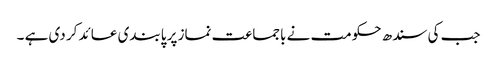
جب کی سندھ حکومت نے باجماعت نماز پر پابندی عائد کر دی ہے ۔